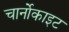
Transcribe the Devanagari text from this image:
चार्नोकाइट